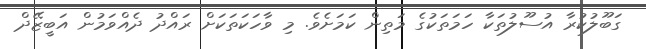
ގަބޫލުކުރާ އުސޫލުތަކާ ހަމަތަކުގެ މަތިން ކަމަށެވެ. މި ވާހަކަތަކަށް ރައްދު ދެއްވަމުން އަބީޒޭދް